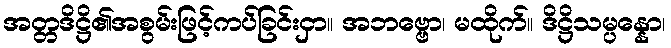
အတ္တဒိဋ္ဌိ၏အစွမ်းဖြင့်ကပ်ခြင်းငှာ။ အဘဗ္ဗော၊ မထိုက်။ ဒိဋ္ဌိသမ္ပန္နော၊